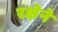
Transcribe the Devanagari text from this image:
रक्षेने